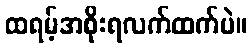
ထရမ့်အစိုးရလက်ထက်ပဲ။